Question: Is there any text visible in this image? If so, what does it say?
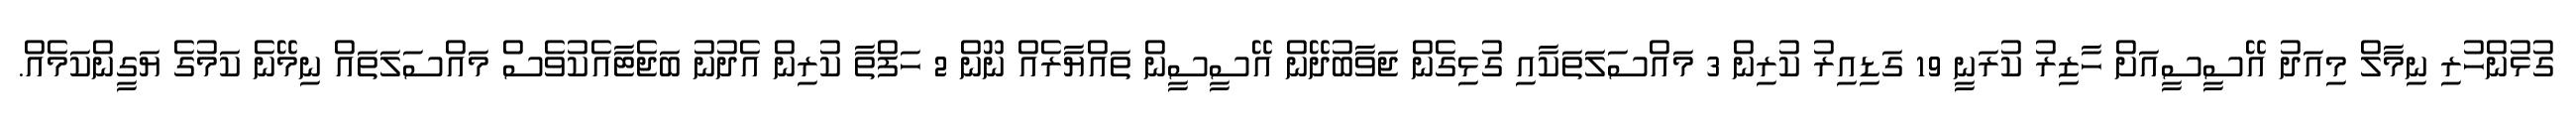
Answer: ގުޅުންހުރި ނިމާލް މިއަދު އޭސީސީއަށް ހާޒިރު ކުރަނީ 19 ގަޑިއިރު ކުރިން 3 މައްސަލަތަކާއި ގުޅިގެން ޖަވާބުދޭން އޭސީސީން ތައްޔާރެއް ނޫން 2 ހަފްތާ ކުރިން އެދުނު ބަޖެޓާއެކުވެސް މައްސަލަތައް ނިމޭނެ ކަމުގެ ޔަގީންކަމެއް.